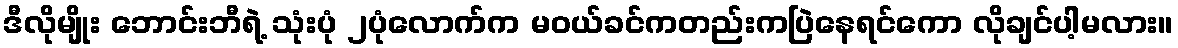
ဒီလိုမျိုး ဘောင်းဘီရဲ့ သုံးပုံ ၂ပုံလောက်က မဝယ်ခင်ကတည်းကပြဲနေရင်ကော လိုချင်ပါ့မလား။